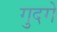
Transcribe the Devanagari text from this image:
गुदगे